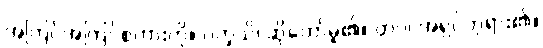
အကြင်အကြင်စကားကို။ ဝက္ခသိ၊ ဆိုတော်မူ၏။ တဝ၊ အရှင်ဘုရား၏။